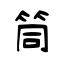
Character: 筒